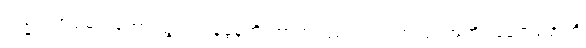
သမ္မတထရမ့်ကတော့ သွင်းကုန်ခွန်တိုးတာက ပြည်တွင်း အလုပ်အကိုင်နေရာတွေကို